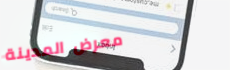
معرض المدينة